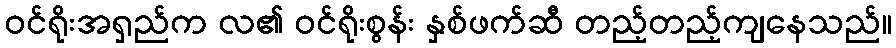
ဝင်ရိုးအရှည်က လ၏ ဝင်ရိုးစွန်း နှစ်ဖက်ဆီ တည့်တည့်ကျနေသည်။